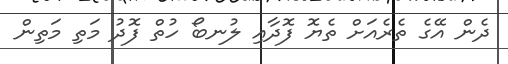
ދެން އޭގެ ތެރެއަށް ތެޔޮ ފޮދާއި ލުނބޯ ހުތް ފޮދު މަތި މަތިން